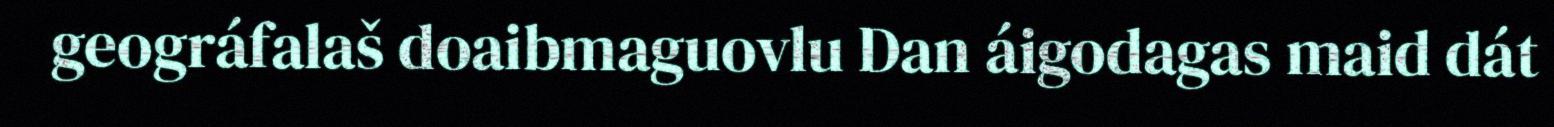
geográfalaš doaibmaguovlu Dan áigodagas maid dát